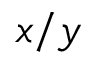
x / y